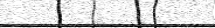
٣١